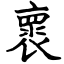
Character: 褱